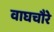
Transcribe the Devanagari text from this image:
वाघचौरे